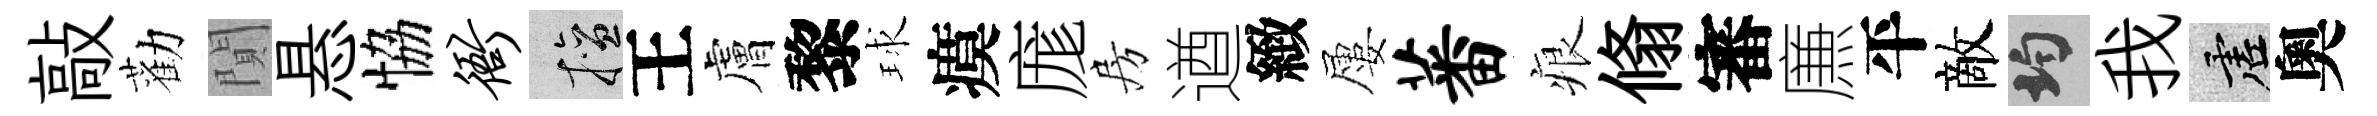
敲勸閴悬恊衙擅王膚黎球瘼庬房遒緻屢蕃痕翛審㢘平敵均我虚奧